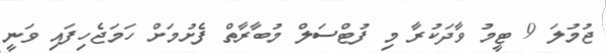
ޖުމުލަ 9 ޓީމު ވާދަކުރާ މި ފުޓްސަލް މުބާރާތް ފެށުމަށް ހަމަޖެހިފައި ވަނީ